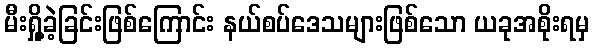
မီးရှို့ခဲ့ခြင်းဖြစ်ကြောင်း နယ်စပ်ဒေသများဖြစ်သော ယခုအစိုးရမှ